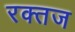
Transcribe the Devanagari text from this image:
रक्तज